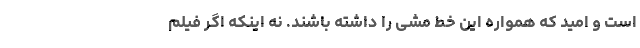
است و امید که همواره این خط مشی را داشته باشند. نه اینکه اگر فیلم